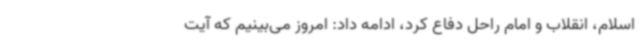
اسلام، انقلاب و امام راحل دفاع کرد، ادامه داد: امروز می‌بینیم که آیت